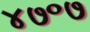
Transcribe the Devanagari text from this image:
४७॰७